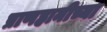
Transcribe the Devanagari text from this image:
प्राणहानीच्या